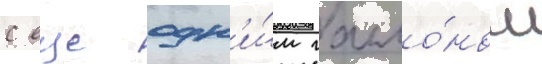
с еще одн'и́м галло́ном